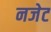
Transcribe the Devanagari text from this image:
नजेट